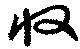
収